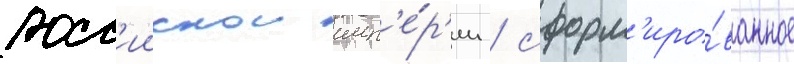
росс'иискои имп'е́р'ии / сформ'иро́ванное